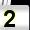
Digit: 2